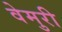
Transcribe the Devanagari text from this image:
वेमुरी